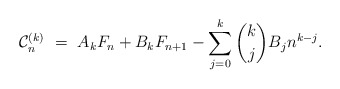
\begin{align*}\mathcal{C}_n^{(k)} \ = \ A_k F_n + B_k F_{n+1} - \sum_{j=0}^k \binom{k}{j} B_j n^{k-j}.\end{align*}